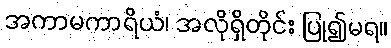
အကာမကာရိယံ၊ အလိုရှိတိုင်း ပြု၍မရ။